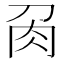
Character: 𭃘